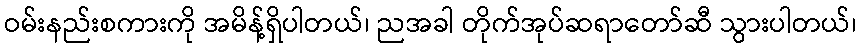
ဝမ်းနည်းစကားကို အမိန့်ရှိပါတယ်၊ ညအခါ တိုက်အုပ်ဆရာတော်ဆီ သွားပါတယ်၊